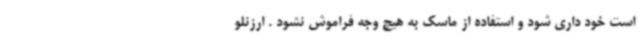
است خود داری شود و استفاده از ماسک به هیچ وجه فراموش نشود . ارزنلو